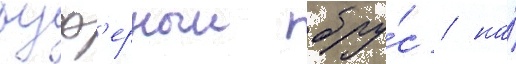
буф'ерныи бру́с / на́